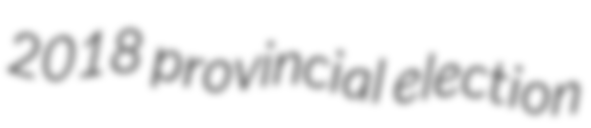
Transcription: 2018 provincial election